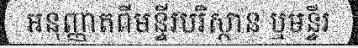
អនុញ្ញាតពីមន្ទីរបរិស្ថាន ឬមន្ទីរ